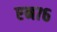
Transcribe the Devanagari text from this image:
एन७६